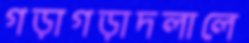
গড়াগড়াদলালে